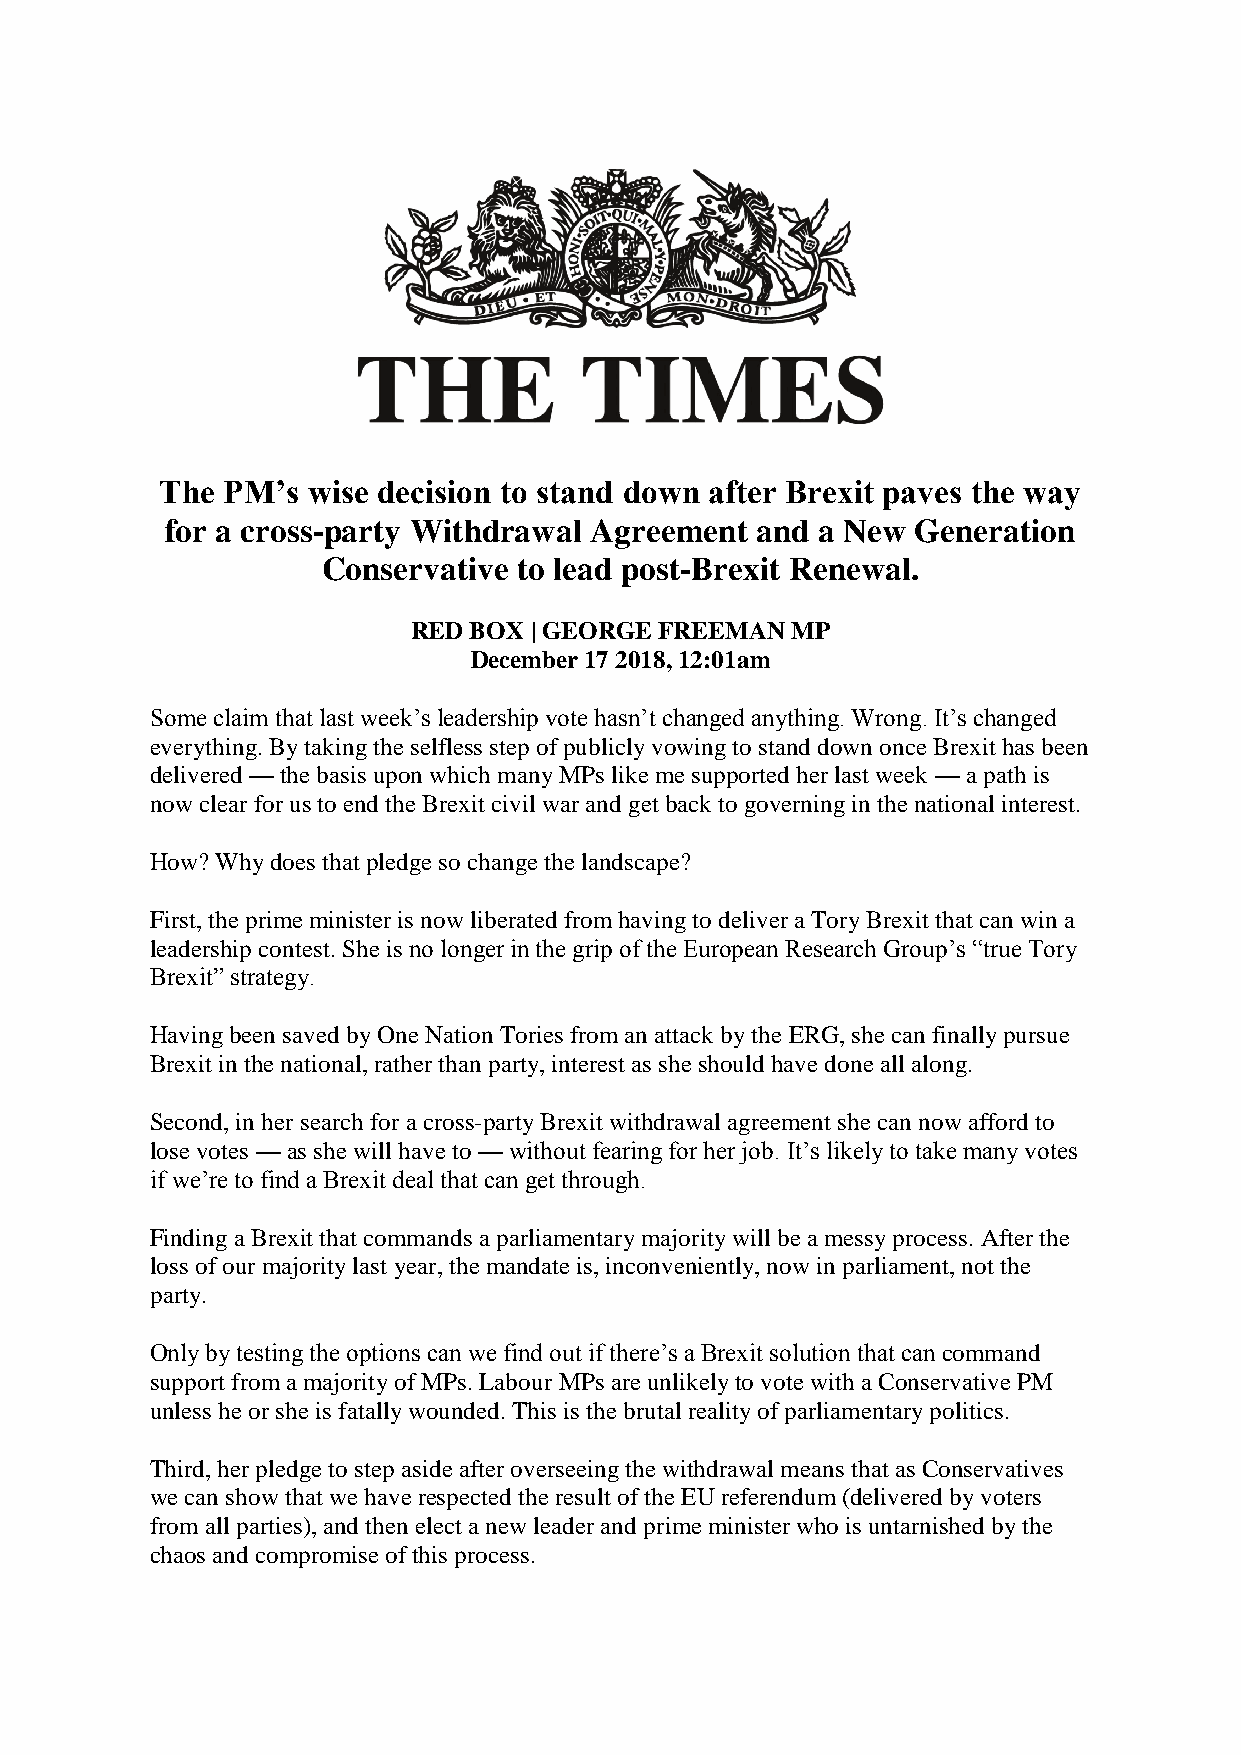
The PM’s wise decision to stand down after Brexit paves the way
 for a cross-party Withdrawal Agreement and a New  Generation
 Conservative to lead post-Brexit Renewal.
 RED BOX | GEORGE FREEMAN MP
 December 17 2018, 12:01am
 Some claim that last week’s leadership vote hasn’t changed anything. Wrong. It’s changed
 everything. By taking the selfless step of publicly vowing to stand down once Brexit has been
 delivered — the basis upon which many MPs like me supported her last week — a path is
 now clear for us to end the Brexit civil war and get back to governing in the national interest.
 How? Why does that pledge so change the landscape?
 First, the prime minister is now liberated from having to deliver a Tory Brexit that can win a
 leadership contest. She is no longer in the grip of the European Research Group’s “true Tory
 Brexit” strategy.
 Having been saved by One Nation Tories from an attack by the ERG, she can finally pursue
 Brexit in the national, rather than party, interest as she should have done all along.
 Second, in her search for a cross-party Brexit withdrawal agreement she can now afford to
 lose votes — as she will have to — without fearing for her job. It’s likely to take many votes
 if we’re to find a Brexit deal that can get through.
 Finding a Brexit that commands a parliamentary majority will be a messy process. After the
 loss of our majority last year, the mandate is, inconveniently, now in parliament, not the
 party.
 Only by testing the options can we find out if there’s a Brexit solution that can command
 support from a majority of MPs. Labour MPs are unlikely to vote with a Conservative PM
 unless he or she is fatally wounded. This is the brutal reality of parliamentary politics.
 Third, her pledge to step aside after overseeing the withdrawal means that as Conservatives
 we can show that we have respected the result of the EU referendum (delivered by voters
 from all parties), and then elect a new leader and prime minister who is untarnished by the
 chaos and compromise of this process.